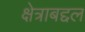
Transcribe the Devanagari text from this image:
क्षेत्राबद्दल